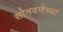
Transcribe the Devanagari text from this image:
सोनवणेच्या